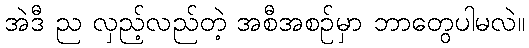
အဲဒီ ည လှည့်လည်တဲ့ အစီအစဉ်မှာ ဘာတွေပါမလဲ။